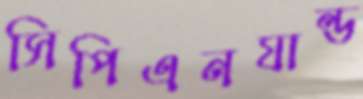
সিপিএনযান্ড